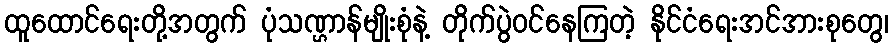
ထူထောင်ရေးတို့အတွက် ပုံသဏ္ဌာန်မျိုးစုံနဲ့ တိုက်ပွဲဝင်နေကြတဲ့ နိုင်ငံရေးအင်အားစုတွေ၊